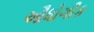
ઔધોગીક